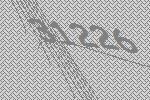
31226